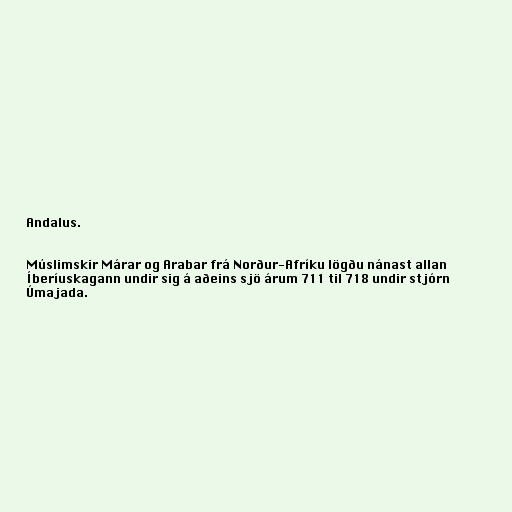
Andalus.

Múslimskir Márar og Arabar frá Norður-Afríku lögðu nánast allan
Íberíuskagann undir sig á aðeins sjö árum 711 til 718 undir stjórn
Úmajada.